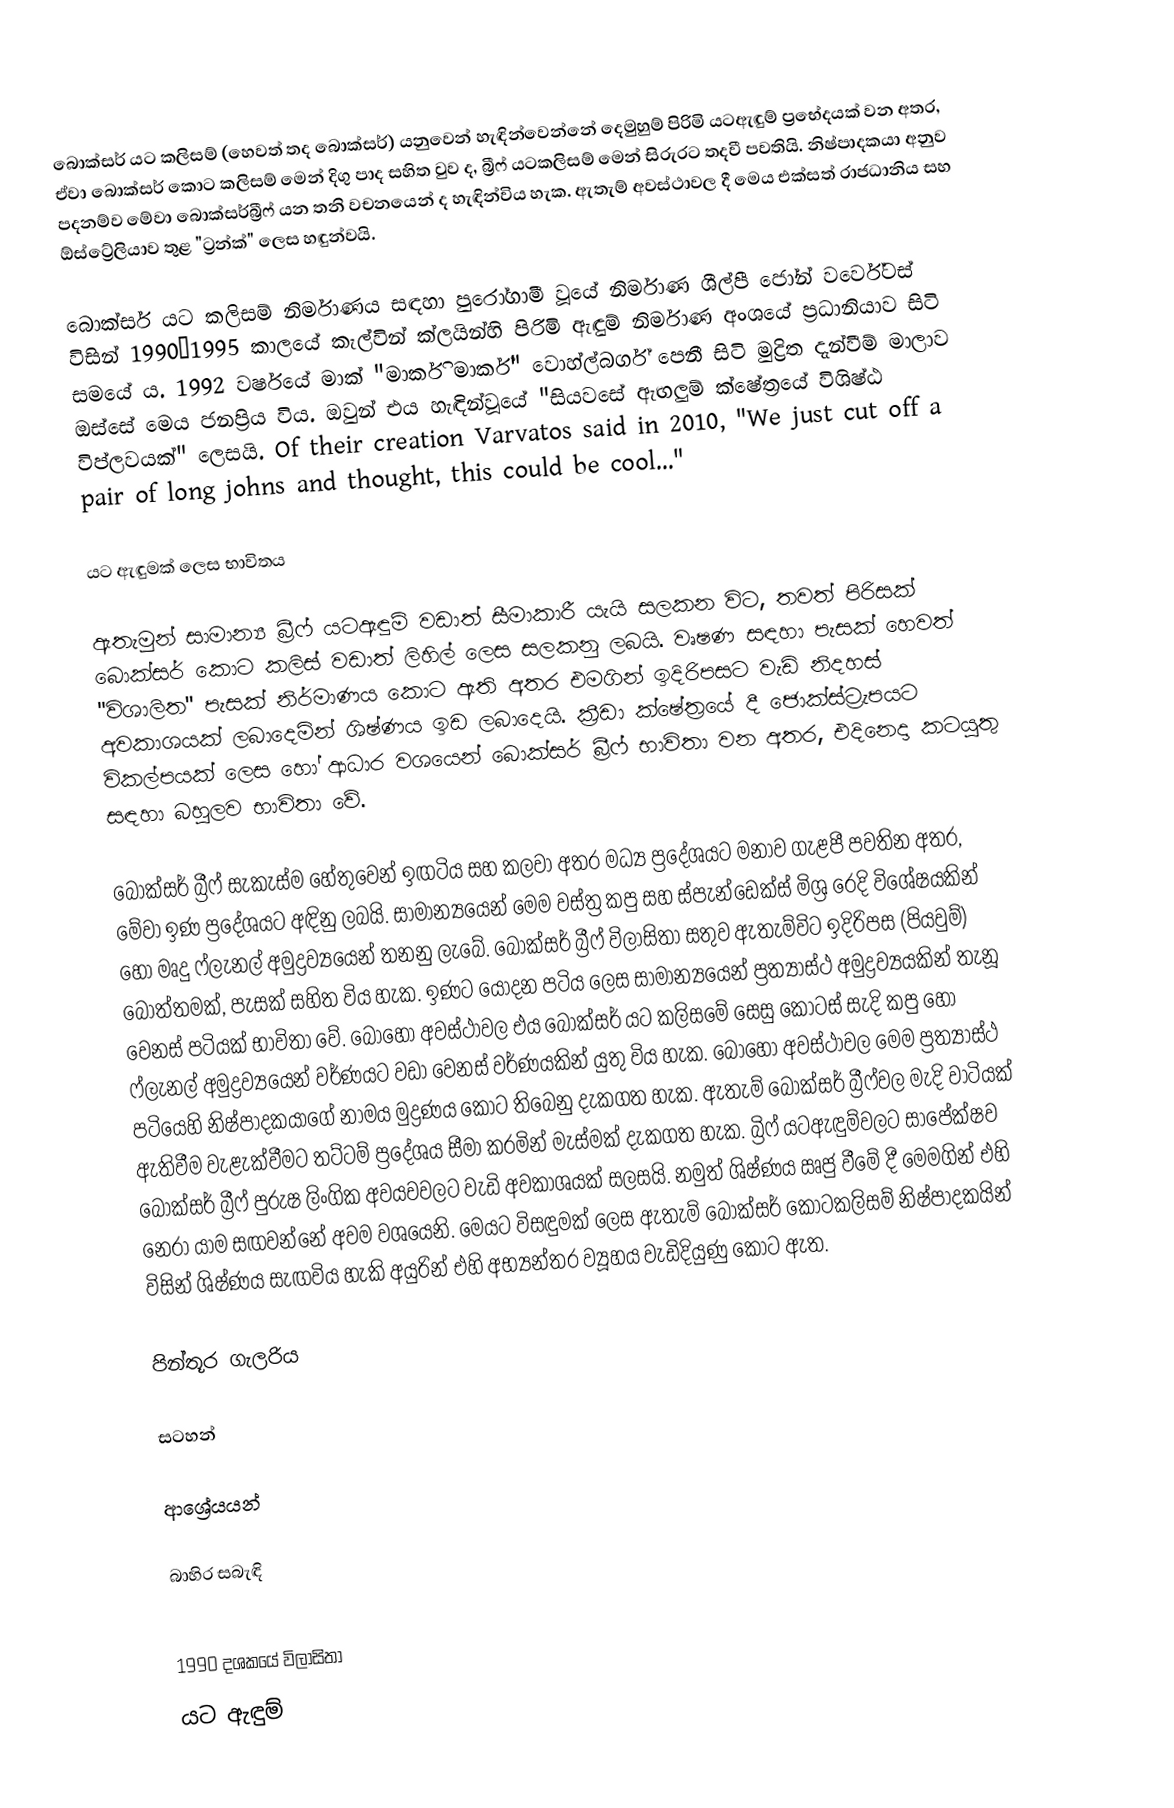
බොක්සර් යට කලිසම් (හෙවත් තද බොක්සර්) යනුවෙන් හැඳින්වෙන්නේ දෙමුහුම් පිරිමි යටඇඳුම් ප්‍රභේදයක් වන අතර, ඒවා බොක්සර් කොට කලිසම් මෙන් දිගු පාද සහිත වුව ද, බ්‍රීෆ් යටකලිසම් මෙන් සිරුරට තදවී පවතියි. නිෂ්පාදකයා අනුව පදනම්ව මේවා බොක්සර්බ්‍රීෆ් යන තනි වචනයෙන් ද හැඳින්විය හැක. ඇතැම් අවස්ථාවල දී මෙය එක්සත් රාජධානිය සහ ඕස්ට්‍රේලියාව තුළ "ට්‍රන්ක්" ලෙස හඳුන්වයි.

බොක්සර් යට කලිසම් නිර්මාණය සඳහා පුරෝගාමී වූයේ නිර්මාණ ශීල්පී ජෝන් වර්වේටස් විසින් 1990–1995 කාලයේ කැල්වින් ක්ලයින්හි පිරිමි ඇඳුම් නිර්මාණ අංශයේ ප්‍රධානියාව සිටි සමයේ ය. 1992 වර්ෂයේ මාක් "මාර්කි මාර්ක්" වොහ්ල්බර්ග් පෙනී සිටි මුද්‍රිත දැන්වීම් මාලාව ඔස්සේ මෙය ජනප්‍රිය විය. ඔවුන් එය හැඳින්වූයේ "සියවසේ ඇඟලුම් ක්ෂේත්‍රයේ විශිෂ්ඨ විප්ලවයක්" ලෙසයි. Of their creation Varvatos said in 2010, "We just cut off a pair of long johns and thought, this could be cool..."

යට ඇඳුමක් ලෙස භාවිතය

ඇතැමුන් සාමාන්‍ය බ්‍රීෆ් යටඇඳුම් වඩාත් සීමාකාරී යැයි සලකන විට, තවත් පිරිසක් බොක්සර් කොට කලිස් වඩාත් ලිහිල් ලෙස සලකනු ලබයි. වෘෂණ සඳහා පැසක් හෙවත් "විශාලිත" පැසක් නිර්මාණය කොට ඇති අතර එමගින් ඉදිරිපසට වැඩි නිදහස් අවකාශයක් ලබාදෙමින් ශිෂ්ණය ඉඩ ලබාදෙයි. ක්‍රීඩා ක්ෂේත්‍රයේ දී ජොක්ස්ට්‍රැපයට විකල්පයක් ලෙස හෝ ආධාර වශයෙන් බොක්සර් බ්‍රීෆ් භාවිතා වන අතර, එදිනෙදා කටයුතු සඳහා බහුලව භාවිතා වේ.

බොක්සර් බ්‍රීෆ් සැකැස්ම හේතුවෙන් ඉඟටිය සහ කලවා අතර මධ්‍ය ප්‍රදේශයට මනාව ගැළපී පවතින අතර, මේවා ඉණ ප්‍රදේශයට අඳිනු ලබයි. සාමාන්‍යයෙන් මෙම වස්ත්‍ර කපු සහ ස්පැන්ඩෙක්ස් මිශ්‍ර රෙදි විශේෂයකින් හෝ මෘදු ෆ්ලැනල් අමුද්‍රව්‍යයෙන් තනනු ලැබේ. බොක්සර් බ්‍රීෆ් විලාසිතා සතුව ඇතැම්විට ඉදිරිපස (පියවුම්) බොත්තමක්, පැසක් සහිත විය හැක. ඉණට යොදන පටිය ලෙස සාමාන්‍යයෙන් ප්‍රත්‍යාස්ථ අමුද්‍රව්‍යයකින් තැනූ වෙනස් පටියක් භාවිතා වේ. බොහෝ අවස්ථාවල එය බොක්සර් යට කලිසමේ සෙසු කොටස් සැදි කපු හෝ ෆ්ලැනල් අමුද්‍රව්‍යයෙන් වර්ණයට වඩා වෙනස් වර්ණයකින් යුතු විය හැක. බොහෝ අවස්ථාවල මෙම ප්‍රත්‍යාස්ථ පටියෙහි නිෂ්පාදකයාගේ නාමය මුද්‍රණය කොට තිබෙනු දැකගත හැක. ඇතැම් බොක්සර් බ්‍රීෆ්වල මැදි වාටියක් ඇතිවීම වැළැක්වීමට තට්ටම් ප්‍රදේශය සීමා කරමින් මැස්මක් දැකගත හැක. බ්‍රිෆ් යටඇඳුම්වලට සාපේක්ෂව බොක්සර් බ්‍රීෆ් පුරුෂ ලිංගික අවයවවලට වැඩි අවකාශයක් සලසයි. නමුත් ශිෂ්ණය ඍජු වීමේ දී මෙමගින් එහි නෙරා යාම සඟවන්නේ අවම වශයෙනි. මෙයට විසඳුමක් ලෙස ඇතැම් බොක්සර් කොටකලිසම් නිෂ්පාදකයින් විසින් ශිෂ්ණය සැඟවිය හැකි අයුරින් එහි අභ්‍යන්තර ව්‍යූහය වැඩිදියුණු කොට ඇත.

පින්තූර ගැලරිය

සටහන්

ආශ්‍රේයයන්

බාහිර සබැඳි

1990 දශකයේ විලාසිතා
යට ඇඳුම්